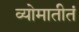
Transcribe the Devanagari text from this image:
व्योमातीतं